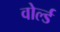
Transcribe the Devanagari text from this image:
वोर्ल्ड